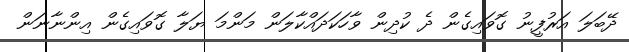
ދޭބަލަ އަރުފީނު ގޮވައިގެން ދެ ކުދިން ވާހަކަދައްކާލަން މަންމަ ޔަލާ ގޮވައިގެން އިންނާނަން